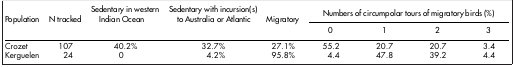
<table><thead><tr><td><b>Population</b></td><td><b>N tracked</b></td><td><b>Sedentary in western Indian Ocean</b></td><td><b>Sedentary with incursion(s) to Australia or Atlantic</b></td><td><b>Migratory</b></td><td colspan="4"><b>Numbers of circumpolar tours of migratory birds (%)</b></td></tr><tr><td><b> </b></td><td><b> </b></td><td><b> </b></td><td><b> </b></td><td><b> </b></td><td><b>0</b></td><td><b>1</b></td><td><b>2</b></td><td><b>3</b></td></tr></thead><tbody><tr><td>Crozet</td><td>107</td><td>40.2%</td><td>32.7%</td><td>27.1%</td><td>55.2</td><td>20.7</td><td>20.7</td><td>3.4</td></tr><tr><td>Kerguelen</td><td>24</td><td>0</td><td>4.2%</td><td>95.8%</td><td>4.4</td><td>47.8</td><td>39.2</td><td>4.4</td></tr></tbody></table>